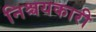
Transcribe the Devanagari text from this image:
निश्चयकारी